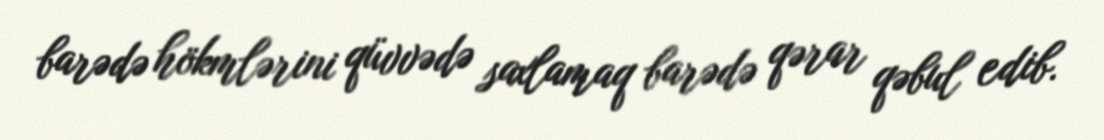
barədə hökmlərini qüvvədə saxlamaq barədə qərar qəbul edib.